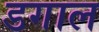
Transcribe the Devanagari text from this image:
डगाल